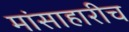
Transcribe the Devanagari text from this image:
मांसाहारीच